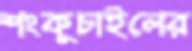
শংকুচাইলের